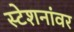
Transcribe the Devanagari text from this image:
स्टेशनांवर